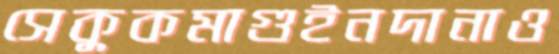
সেকুকমাগুইনদানাও